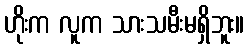
ဟိုးက လူက သားသမီးမရှိဘူး။